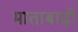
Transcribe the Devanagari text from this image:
माताबाढ़ी